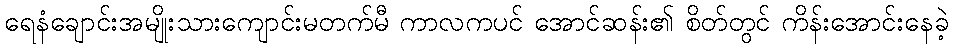
ရေနံချောင်းအမျိုးသားကျောင်းမတက်မီ ကာလကပင် အောင်ဆန်း၏ စိတ်တွင် ကိန်းအောင်းနေခဲ့